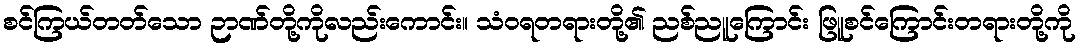
စင်ကြယ်တတ်သော ဉာဏ်တို့ကိုလည်းကောင်း။ သံဝရတရားတို့၏ ညစ်ညူကြောင်း ဖြူစင်ကြောင်းတရားတို့ကို